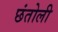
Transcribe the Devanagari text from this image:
छंतोली